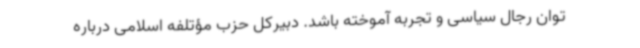
توان رجال سیاسی و تجربه آموخته باشد. دبیرکل حزب مؤتلفه اسلامی درباره